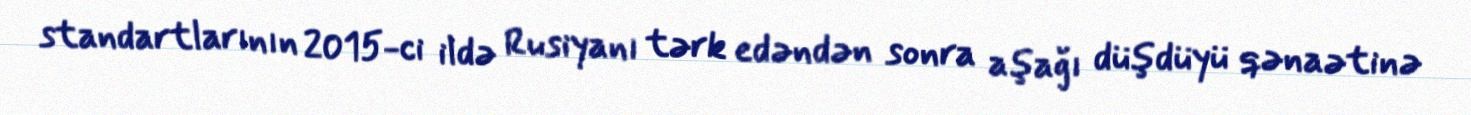
standartlarının 2015-ci ildə Rusiyanı tərk edəndən sonra aşağı düşdüyü qənaətinə